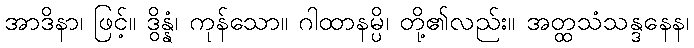
အာဒိနာ၊ ဖြင့်။ ဒွိန္နံ၊ ကုန်သော။ ဂါထာနမ္ပိ၊ တို့၏လည်း။ အတ္ထသံသန္ဒနေန၊